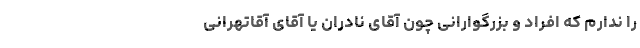
را ندارم كه افراد و بزرگوارانی چون آقای نادران یا آقای آقاتهرانی